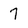
Character: 7